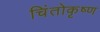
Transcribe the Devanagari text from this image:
चिंतोकृष्ण